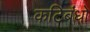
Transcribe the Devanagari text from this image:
कटिबंधो